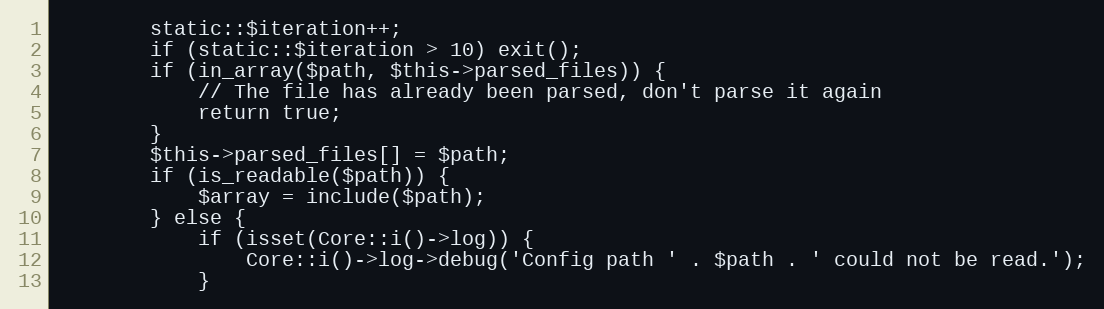
Language: PHP
        static::$iteration++;
        if (static::$iteration > 10) exit();
        if (in_array($path, $this->parsed_files)) {
            // The file has already been parsed, don't parse it again
            return true;
        }
        $this->parsed_files[] = $path;
        if (is_readable($path)) {
            $array = include($path);
        } else {
            if (isset(Core::i()->log)) {
                Core::i()->log->debug('Config path ' . $path . ' could not be read.');
            }